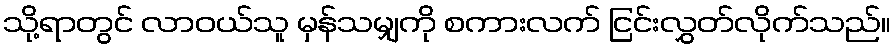
သို့ရာတွင် လာဝယ်သူ မှန်သမျှကို စကားလက် ငြင်းလွှတ်လိုက်သည်။